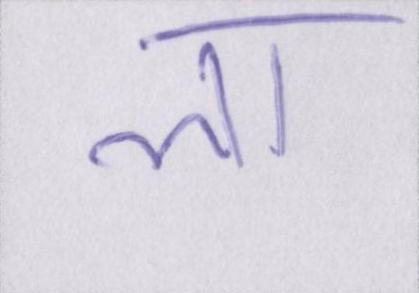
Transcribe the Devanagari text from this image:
ला